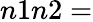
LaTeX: n1n2=